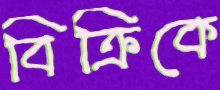
বিক্রিকে